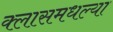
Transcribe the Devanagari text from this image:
क्लासमधल्या